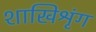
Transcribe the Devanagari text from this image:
शाखिश्रृंग